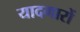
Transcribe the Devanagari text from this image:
यादगारों